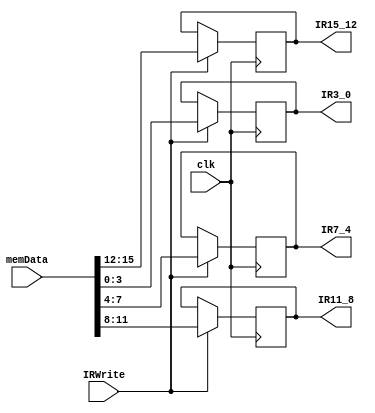
`timescale 1ns / 1ps
//////////////////////////////////////////////////////////////////////////////////
// Company: 
// Engineer: 
// 
// Design Name: 
// Module Name:    Instruction_Register 
// Project Name: 
// Target Devices: 
// Tool versions: 
// Description: 
//
// Dependencies: 
//
// Revision: 
// Revision 0.01 - File Created
// Additional Comments: 
//
//////////////////////////////////////////////////////////////////////////////////
module Instruction_Register(memData, IR15_12, IR11_8, IR7_4, IR3_0, IRWrite, clk);
	 input [15:0] memData;
    output reg [3:0] IR15_12;
    output reg [3:0] IR11_8;
    output reg [3:0] IR7_4;
    output reg [3:0] IR3_0;
    input IRWrite;
	 input clk;
	 
	 always@(posedge clk)
		begin
			if (IRWrite)
				begin
					IR15_12 = memData[15:12];
					IR11_8 = memData[11:8];
					IR7_4 = memData[7:4];
					IR3_0 = memData[3:0];
				end
		end
	
endmodule